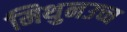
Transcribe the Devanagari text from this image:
मिथुनउच्च